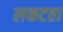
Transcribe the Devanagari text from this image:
लकटता